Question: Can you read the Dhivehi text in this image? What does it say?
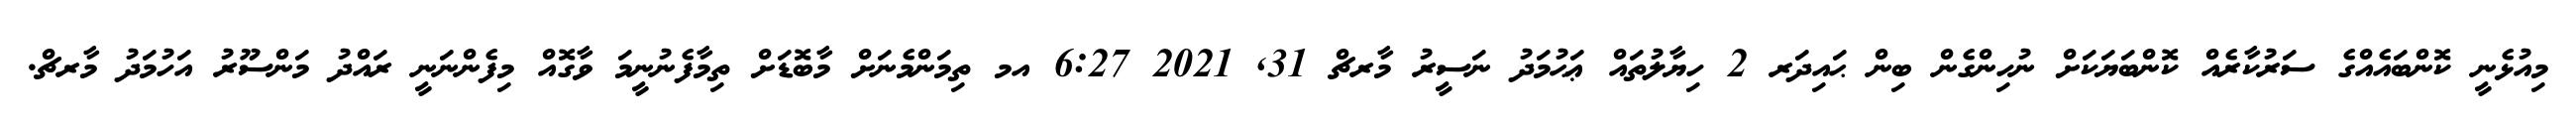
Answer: މިއުޅެނީ ކޮންބައެއްގެ ސަރުކާރެއް ކޮންބަޔަކަށް ނުހިންގެން ބިން ޙައިދަރ 2 ހިޔާލުތައް ޢަޙުމަދު ނަސީރު މާރޗް 31, 2021 6:27 އމ ތިމަންމެނަށް މާބޮޑަށް ތިމާފެނުނީމަ ވާގޮއް މިފެންނަނީ ރައްދު މަންސޫރު އަހުމަދު މާރޗް.